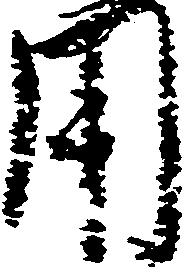
用